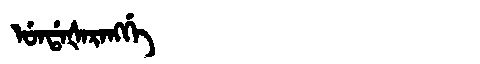
Manchu: ᡠᠨᡩᠠᡧᠠᡵᠠᠩᡤᡝ
Romanization: UNDAŠARANGGE